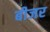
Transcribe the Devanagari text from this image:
बीजर